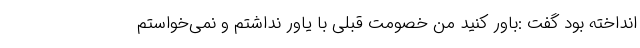
انداخته بود گفت :باور کنید من خصومت قبلی با یاور نداشتم و نمی‌خواستم